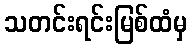
သတင်းရင်းမြစ်ထံမှ